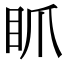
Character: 𥄄